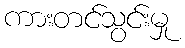
ကားတင်သွင်းမှု